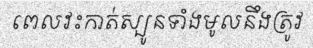
ពេលវះកាត់ស្បូនទាំងមូលនឹងត្រូវ